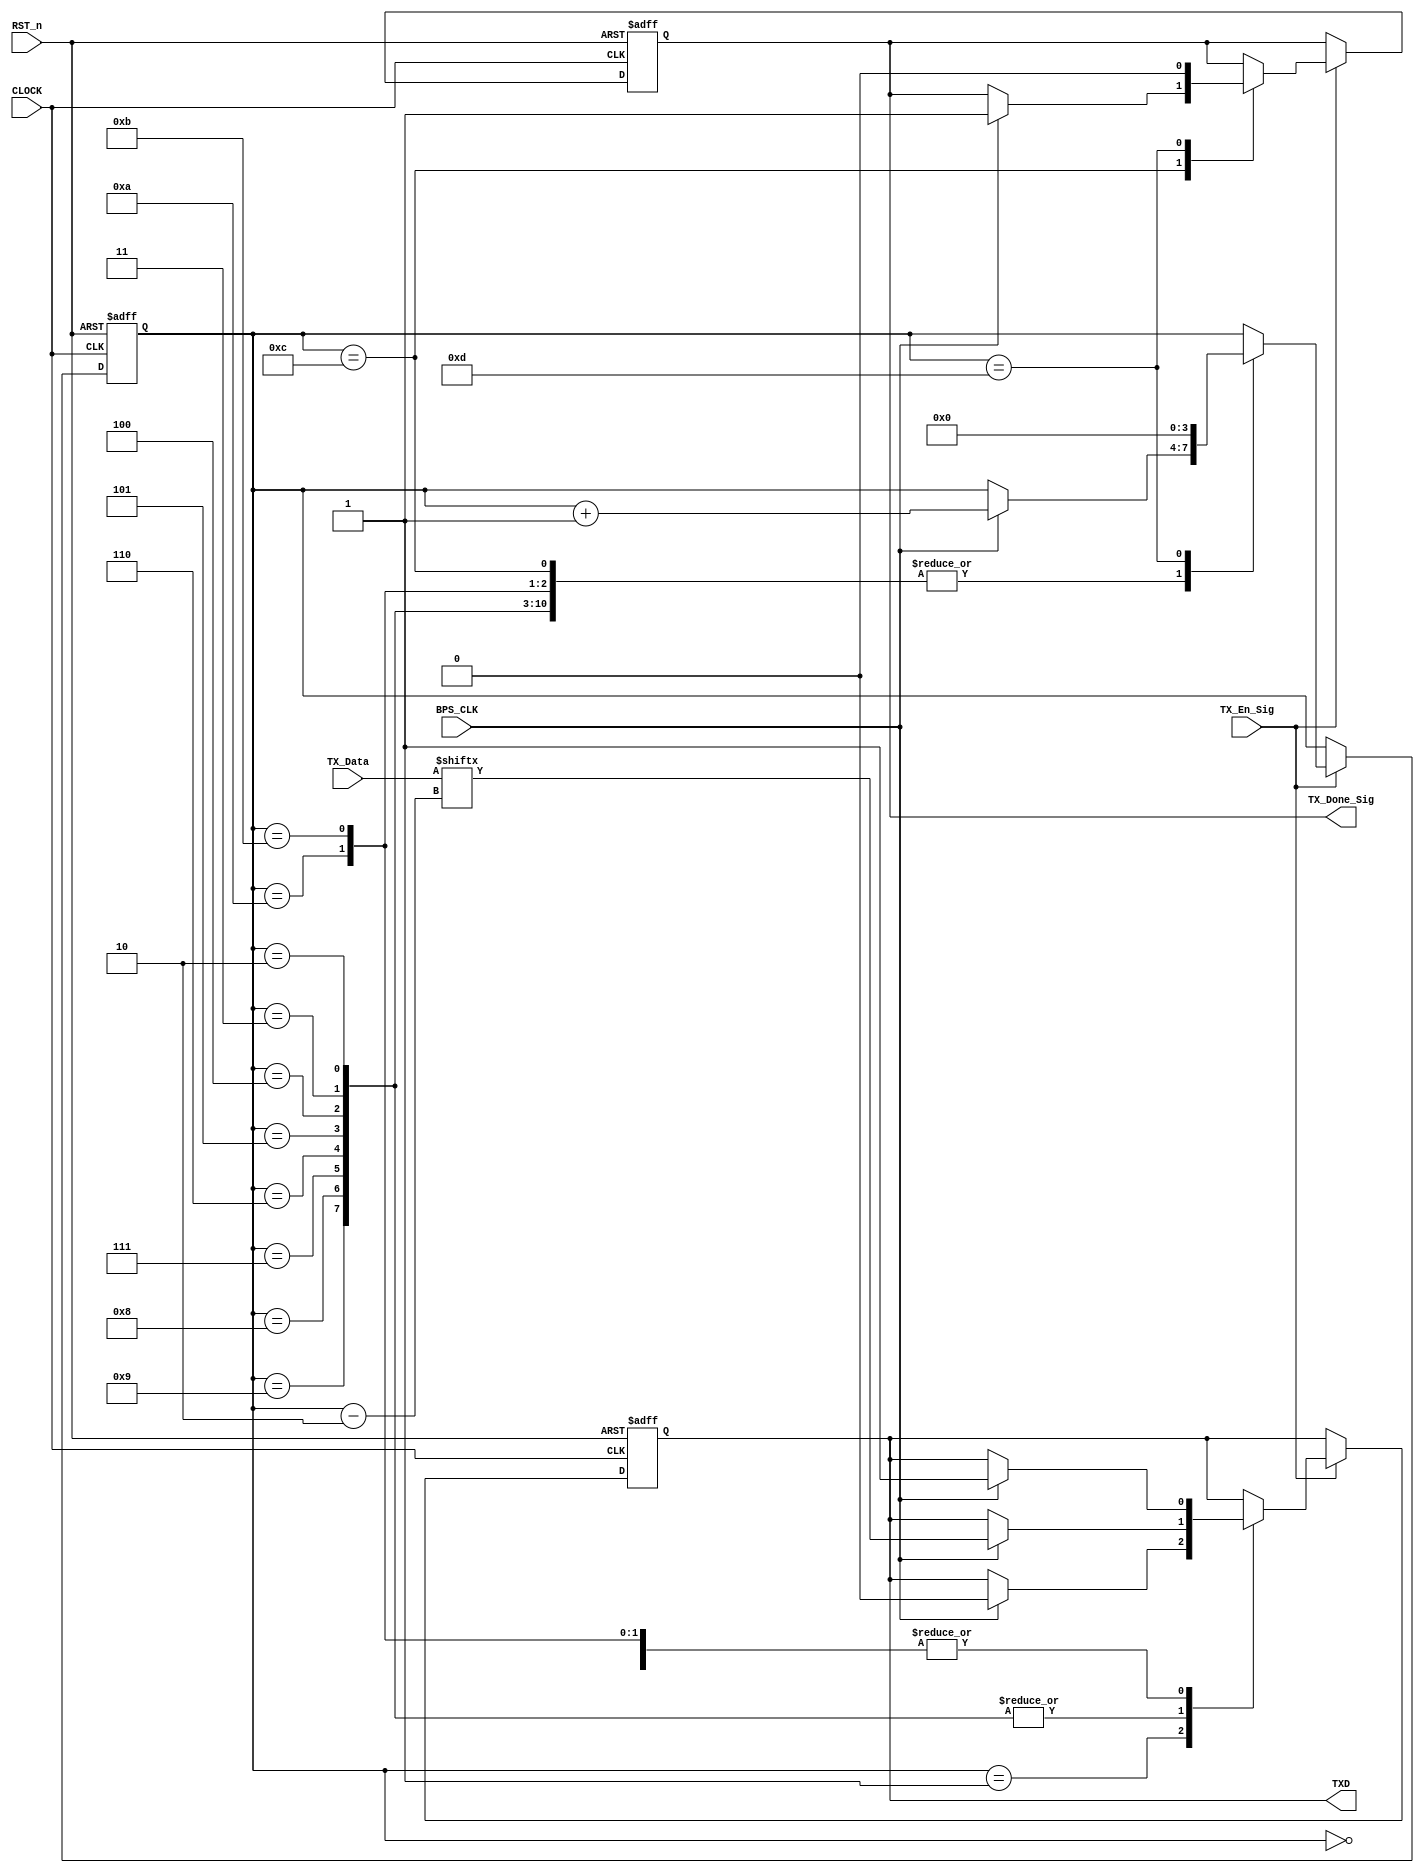
//****************************************************************************//
//# @Author: 
//# @Date:   2019-05-04 00:47:08
//# @Last Modified by:   zlk
//# @WeChat Official Account: OpenFPGA
//# @Last Modified time: 2019-08-04 17:18:30
//# Description: 
//# @Modification History: 2019-05-05 22:30:21
//# Date			    By			   Version			   Change Description: 
//# ========================================================================= #
//# 2019-05-05 22:30:21
//# ========================================================================= #
//# |                                          								| #
//# |                                OpenFPGA     							| #
//****************************************************************************//
/**************************************************************************
..IDLE...Start...............UART DATA........................End...IDLE...
________													 ______________
        |____< D0 >< D1 >< D2 >< D3 >< D4 >< D5 >< D6 >< D7 >
		Bit0  Bit1  Bit2  Bit3  Bit4  Bit5  Bit6  Bit7  Bit8  Bit9
**************************************************************************/
module tx_control_module
(
    CLOCK, RST_n,
	TX_En_Sig, 
	TX_Data, 
	BPS_CLK, 
    TX_Done_Sig, 
    TXD
	 
);

    input CLOCK;
	input RST_n;
	 
	input TX_En_Sig;
	input [7:0]TX_Data;
	input BPS_CLK;
	 
	output TX_Done_Sig;
	output TXD;
	 
	/********************************************************/

	 reg [3:0]i;
	 reg rTX;
	 reg isDone;
	
	 always @ ( posedge CLOCK or negedge RST_n )
	     if( !RST_n )
		      begin
		         i <= 4'd0;
					rTX <= 1'b1;
					isDone 	<= 1'b0;
				end
		  else if( TX_En_Sig )
		      case ( i )
				
			       4'd0 :
					 if( BPS_CLK ) begin i <= i + 1'b1; rTX <= 1'b1; end
					 4'd1 :
					 if( BPS_CLK ) begin i <= i + 1'b1; rTX <= 1'b0; end
					 
					 4'd2, 4'd3, 4'd4, 4'd5, 4'd6, 4'd7, 4'd8, 4'd9 :
					 if( BPS_CLK ) begin i <= i + 1'b1; rTX <= TX_Data[ i - 2 ]; end
					 
					 4'd10 :
					 if( BPS_CLK ) begin i <= i + 1'b1; rTX <= 1'b1; end
					 			 
					 4'd11 :
					 if( BPS_CLK ) begin i <= i + 1'b1; rTX <= 1'b1; end
					 
					 4'd12 :
					 if( BPS_CLK ) begin i <= i + 1'b1; isDone <= 1'b1; end
					 
					 4'd13 :
					 begin i <= 4'd0; isDone <= 1'b0; end
					 
					 //default:i <= 4'd0;
				 
				endcase
				
    /********************************************************/
	 
	 assign TXD = rTX;
	 assign TX_Done_Sig = isDone;
	 
	 /*********************************************************/
	 
endmodule